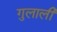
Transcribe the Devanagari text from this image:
गुलाली